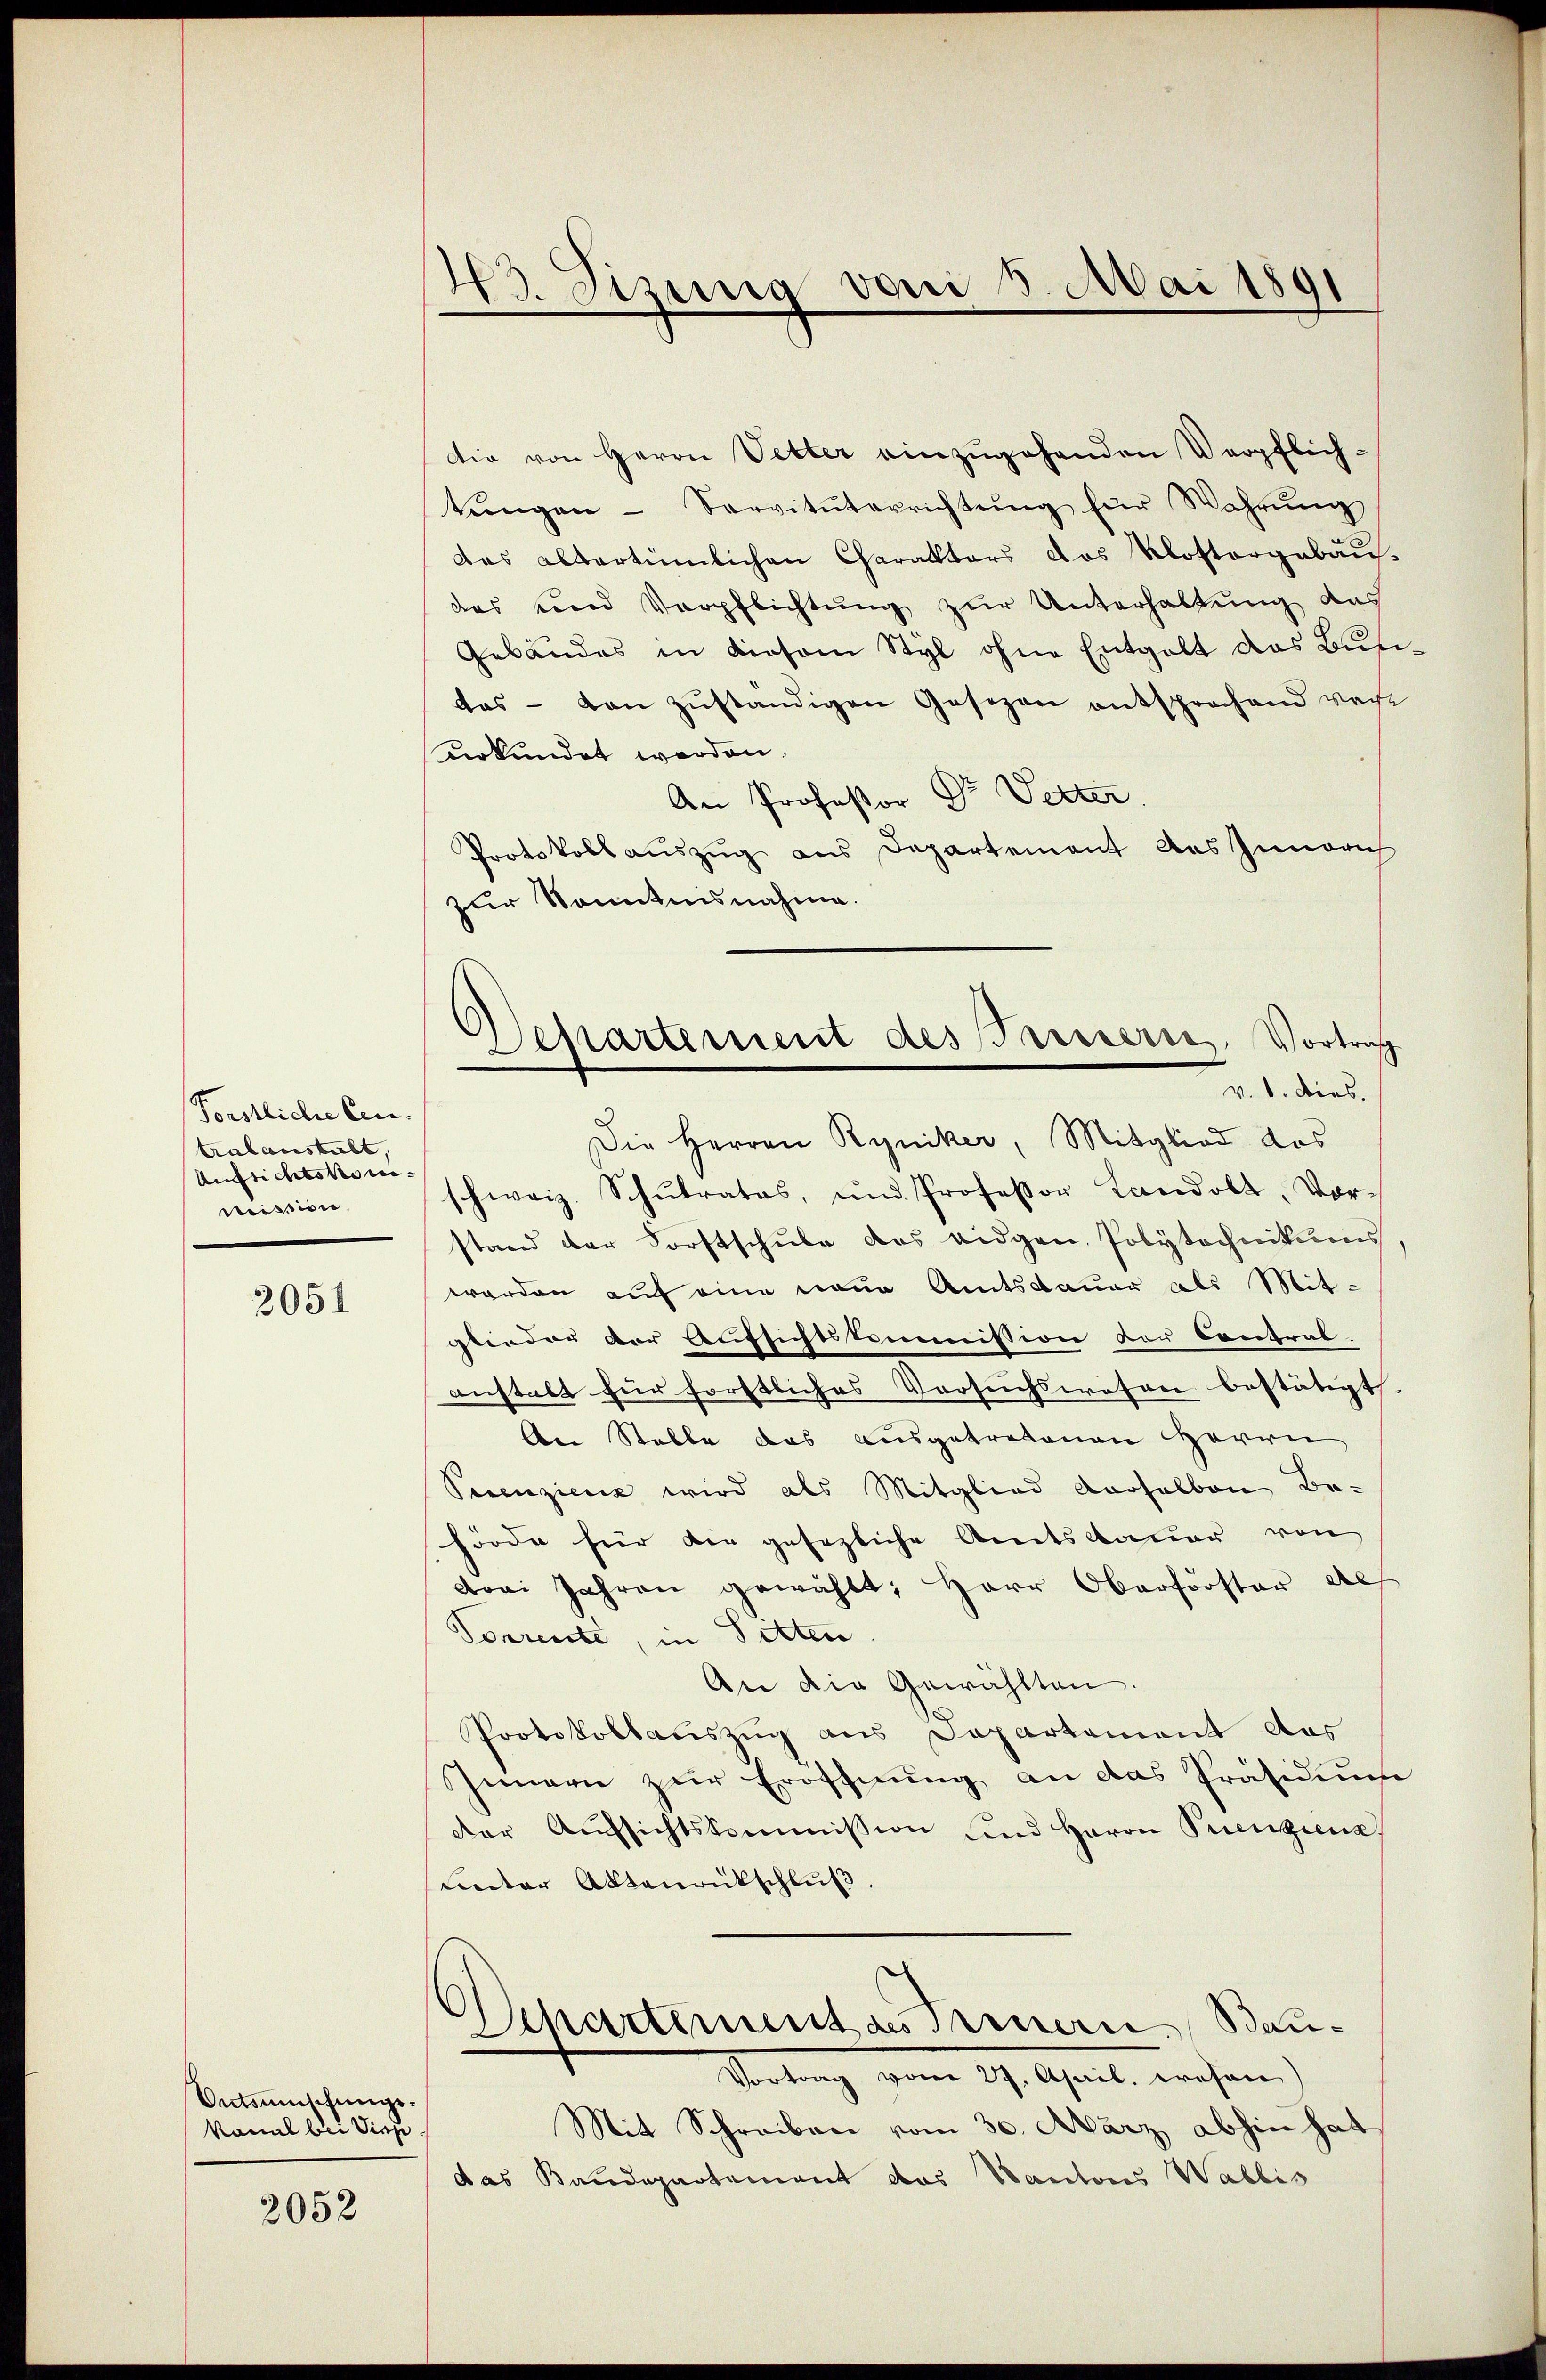
Forstliche Cen-
tralanstalt,
Aufsichtskom- |
reission

2051

Ontsumschungskonat bei Vieh.

2052

43. Sizung von 3. Mai 1891

die von Herrn Vetter einzugehenden Verpflich-
tŭngen - Servitŭterrichtŭng für Wahrŭng
das altertümlichen Charakters das Klostergebaus
das und Verpflichtung zur Unterhaltung das
Gebäudes in diesem Styl ohne Entgelt das Butidas - von zŭständigen Gesezen entsprochend vor
urkundet werden.
An Professor Dr. Vetter
Protokoll auszug aus Departement das Innerich
zur Sonntnisnahme.
Die Herren Ryniker, Mitglied das
schweiz. Schŭlrates, und Professor Landolt, Vor-
stand der Forstschŭle des eidgen. Polytechnikums.
werden auf eine neue Amtsdauer als Mitglieder der Aufsichtskommission der Contral
anstalt für förstliches Versuchswesen bestätigt
An Stelle das ausgetretenen Herrn
Pecenzienz wird als Mitglied vorhalben Be-
hörde für die gesezliche Amtsdauer von
drei Jahren gewählt, Herr Oberforster als
Vorrente, in Sitten.
An die Gewählten.
Protokollauszug aus Departement das
Innern zur Eröffnung an das Präsidium
der Aŭfsichtskommission und Herrn Puenziena
Lnter Aktenrückschlŭβ
Departement des Treuern, Bau¬
Vortrag vom 27. April, wesen
Mit Schreiben vom 30. März abhin hat
das Baudepartement das Kantons Wallis

Departement des Parisern, Vortrag
v. 8. dies.